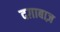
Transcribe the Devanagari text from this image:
दग़ाबाज़